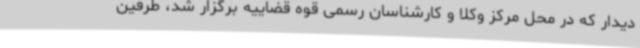
دیدار که در محل مرکز وکلا و کارشناسان رسمی قوه قضاییه برگزار شد، طرفین